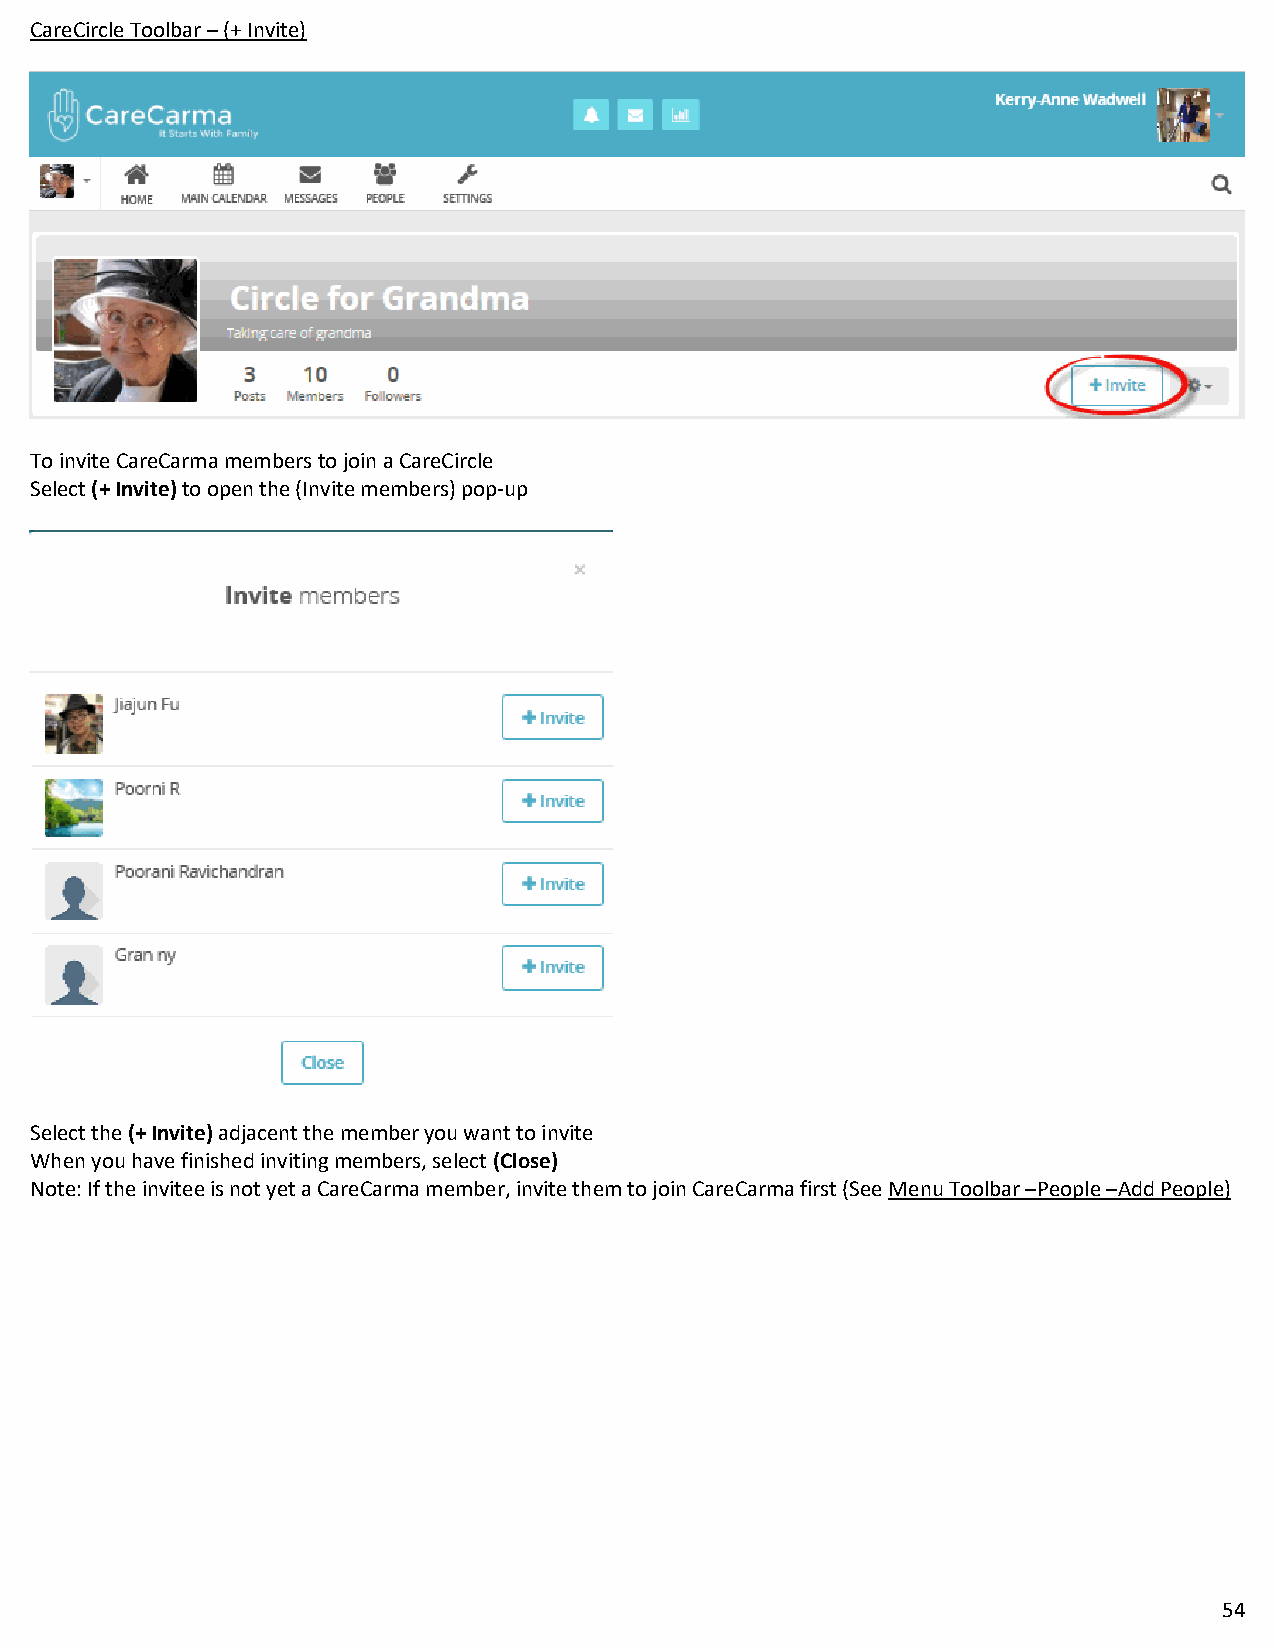
CareCircle Toolbar – (+ Invite)
 To invite CareCarma members to join a CareCircle
 Select (+ Invite) to open the (Invite members) pop-up
 Select the (+ Invite) adjacent the member you want to invite
 When you have finished inviting members, select (Close)
 Note: If the invitee is not yet a CareCarma member, invite them to join CareCarma first (See Menu Toolbar –People –Add People)
 54